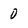
Character: 0